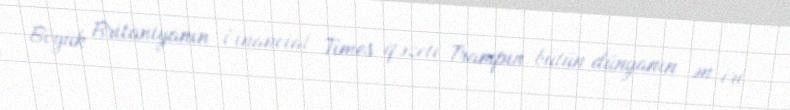
Böyük Britaniyanın Financial Times qəzeti Trampın bütün dünyanın ən iri